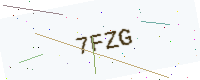
Text: 7FZG